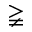
\gneqq